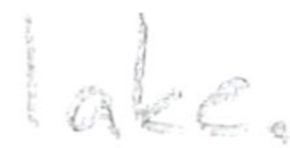
Text: lake.
Cross-out: clean
Writing tool: pencil